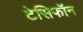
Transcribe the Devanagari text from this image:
टेसिफॉन